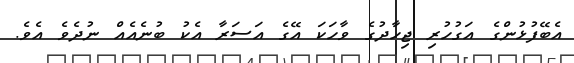
އެބޭފުޅުންގެ އަގުހުރި ޖިހާދުގެ ވާހަކަ އޭގެ އަސަރާ އެކު ބުނެއެއް ނުދެވެ އެވެ.